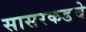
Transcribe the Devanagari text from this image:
सासरकडचे